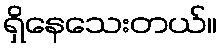
ရှိနေသေးတယ်။